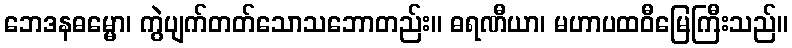
ဘေဒနဓမ္မော၊ ကွဲပျက်တတ်သောသဘောတည်း။ ဓရဏီယာ၊ မဟာပထဝီမြေကြီးသည်။